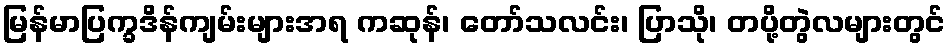
မြန်မာပြက္ခဒိန်ကျမ်းများအရ ကဆုန်၊ တော်သလင်း၊ ပြာသို၊ တပို့တွဲလများတွင်